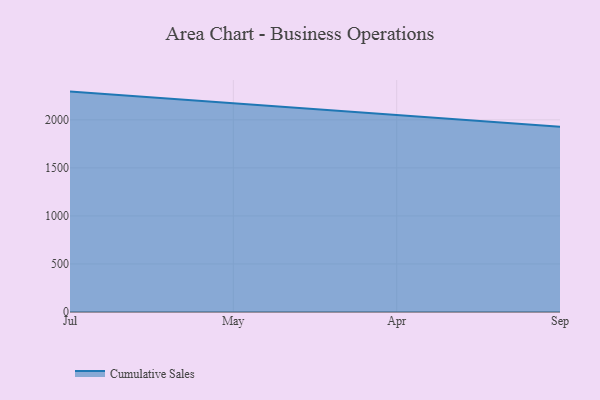
{"axis": {"x": "Month", "y": "Churn Rate (%)"}, "legend": ["Cumulative Sales"], "data": [{"x": "Jul", "y": 2293.8, "type": "Cumulative Sales"}, {"x": "May", "y": 2172.7, "type": "Cumulative Sales"}, {"x": "Apr", "y": 2051.6, "type": "Cumulative Sales"}, {"x": "Sep", "y": 1928.9, "type": "Cumulative Sales"}]}